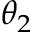
\theta _ { 2 }